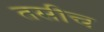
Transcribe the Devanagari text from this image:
तसीच